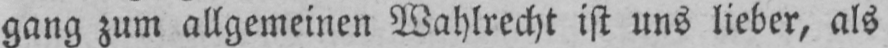
gang zum allgemeinen Wahlrecht ist uns lieber, als